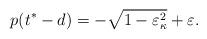
LaTeX: \begin{align*}p(t^{*}-d)=-\sqrt{1-\varepsilon_{\kappa}^{2}}+\varepsilon.\end{align*}